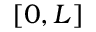
[ 0 , L ]